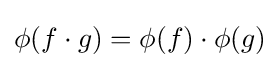
\phi (f\cdot g)=\phi (f)\cdot \phi (g)